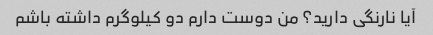
آیا نارنگی دارید؟ من دوست دارم دو کیلوگرم داشته باشم